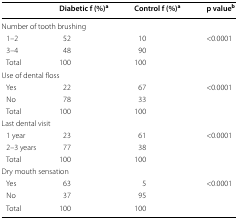
<table><thead><tr><td></td><td><b>Diabetic f (%)<sup>a</sup></b></td><td><b>Control f (%)<sup>a</sup></b></td><td><b>p value<sup>b</sup></b></td></tr></thead><tbody><tr><td colspan="4">Number of tooth brushing</td></tr><tr><td> 1–2</td><td>52</td><td>10</td><td rowspan="3">&lt;0.0001</td></tr><tr><td> 3–4</td><td>48</td><td>90</td></tr><tr><td> Total</td><td>100</td><td>100</td></tr><tr><td colspan="4">Use of dental floss</td></tr><tr><td> Yes</td><td>22</td><td>67</td><td rowspan="3">&lt;0.0001</td></tr><tr><td> No</td><td>78</td><td>33</td></tr><tr><td> Total</td><td>100</td><td>100</td></tr><tr><td colspan="4">Last dental visit</td></tr><tr><td> 1 year</td><td>23</td><td>61</td><td rowspan="3">&lt;0.0001</td></tr><tr><td> 2–3 years</td><td>77</td><td>38</td></tr><tr><td> Total</td><td>100</td><td>100</td></tr><tr><td colspan="4">Dry mouth sensation</td></tr><tr><td> Yes</td><td>63</td><td>5</td><td rowspan="3">&lt;0.0001</td></tr><tr><td> No</td><td>37</td><td>95</td></tr><tr><td> Total</td><td>100</td><td>100</td></tr></tbody></table>